Indian journal of veterinary science and animal husbandry - Volume 3,
Year: 1933
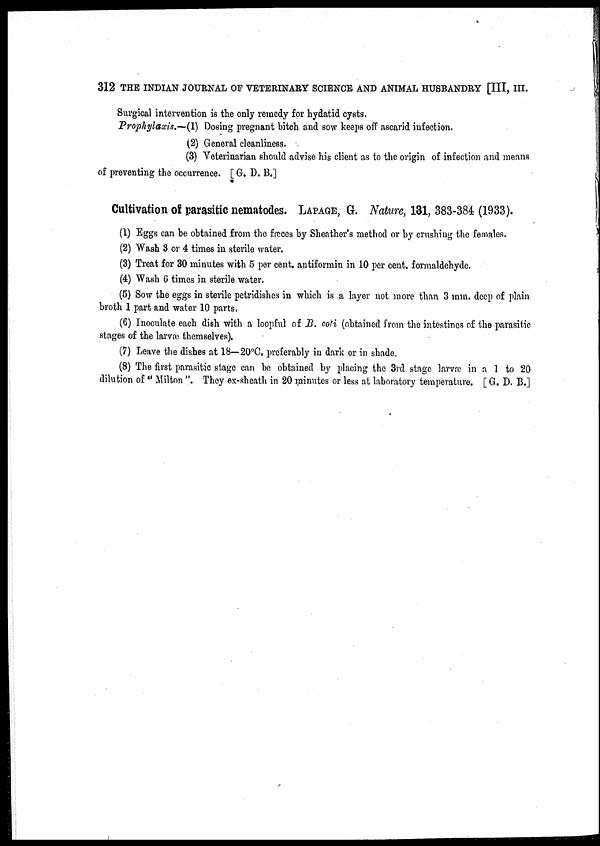
312 THE INDIAN JOURNAL OF VETERINARY SCIENCE AND ANIMAL HUSBANDRY [III, III.
Surgical intervention is the only remedy for hydatid cysts.
Prophylaxis.—(1) Dosing pregnant bitch and sow keeps off ascarid infection.
(2) General cleanliness.
(3) Veterinarian should advise his client as to the origin of infection and means
of preventing the occurrence. [ G. D. B.]
Cultivation of parasitic nematodes. LAPAGE, G. Nature, 131, 383-384 (1933).
(1) Eggs can be obtained from the fæces by Sheather's method or by crushing the females.
(2) Wash 3 or 4 times in sterile water.
(3) Treat for 30 minutes with 5 per cent. antiformin in 10 per cent. formaldehyde.
(4) Wash 6 times in sterile water.
(5) Sow the eggs in sterile petridishes in which is a layer not more than 3 mm. deep of plain
broth 1 part and water 10 parts.
(6) Inoculate each dish with a loopful of B. coti (obtained from the intestines of the parasitic
stages of the larvæ themselves).
(7) Leave the dishes at 18—20°C. preferably in dark or in shade.
(8) The first parasitic stage can be obtained by placing the 3rd stage larvæ in a 1 to 20
dilution of " Milton ". They ex-sheath in 20 minutes or less at laboratory temperature. [ G. D. B.]